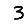
Digit: 3